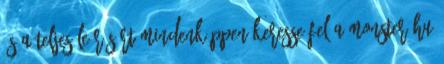
és a teljes leírásért mindenképpen keresse fel a monster.hu